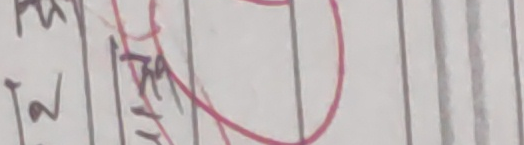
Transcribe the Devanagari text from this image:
तो